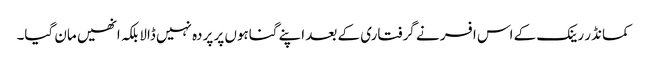
کمانڈر رینک کے اس افسر نے گرفتاری کے بعد اپنے گناہوں پر پردہ نہیں ڈالا بلکہ انھیں مان گیا۔